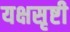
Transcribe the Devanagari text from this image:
यक्षसृष्टी